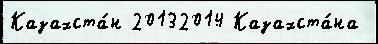
Казахста́н 20132014 Казахста́на